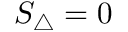
S _ { \triangle } = 0